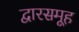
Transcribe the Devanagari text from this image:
द्वारसमूह